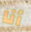
أنا